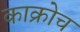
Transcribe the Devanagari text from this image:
काक्रोच